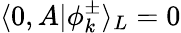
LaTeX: \langle 0,A|\phi_{k}^{\pm}\rangle_{L}=0